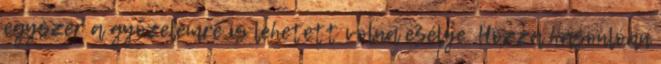
egyszer a győzelemre is lehetett volna esélye. Hozzá hasonlóan